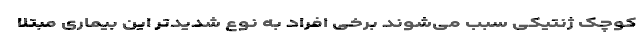
کوچک ژنتیکی سبب می‌شوند برخی افراد به نوع شدیدتر این بیماری مبتلا